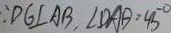
\because D G \bot A B , \angle D A B = 4 5 ^ { \circ }